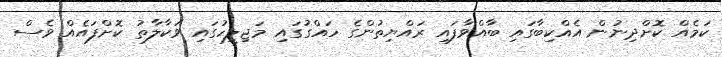
ކަމެއް ކޮށްދިނުން އެއްކިބާގައި ބާއްވާފައި ރައްޔިތުންގެ ހައްގުގައި މަޖިލީހުގައި ވަކާލާތު ކޮށްފައެއް ވެސް